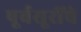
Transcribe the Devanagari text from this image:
पूर्वसूरींचे